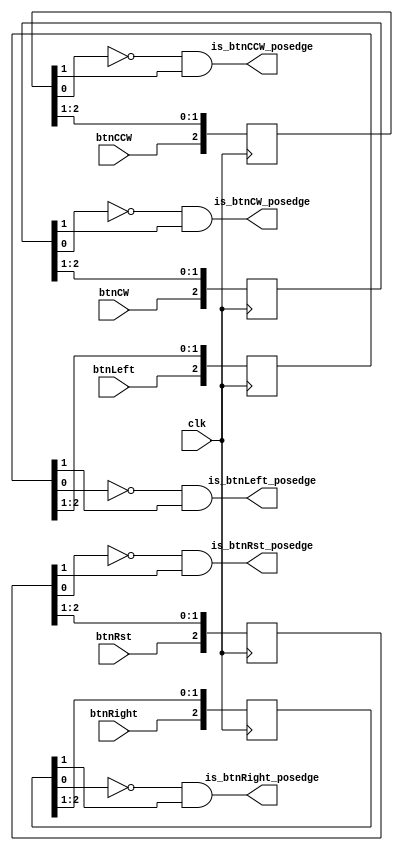
`timescale 1ns / 1ps
//////////////////////////////////////////////////////////////////////////////////
// Company: 
// Engineer: 
// 
// Design Name: 
// Module Name:    Debouncer 
// Project Name: 
// Target Devices: 
// Tool versions: 
// Description: 
//
// Dependencies: 
//
// Revision: 
// Revision 0.01 - File Created
// Additional Comments: 
//
//////////////////////////////////////////////////////////////////////////////////
module Debouncer(clk, btnLeft, btnRight, btnCW, btnCCW, btnRst, 
                      is_btnLeft_posedge, is_btnRight_posedge,  is_btnCW_posedge, is_btnCCW_posedge, is_btnRst_posedge
    );

	input clk, btnLeft, btnRight, btnCW, btnCCW, btnRst;
	output is_btnLeft_posedge, is_btnRight_posedge, is_btnCW_posedge, is_btnCCW_posedge, is_btnRst_posedge;
	
	wire btnLeft, btnRight, btnCW, btnCCW, btnRst, clk;
	wire is_btnLeft_posedge, is_btnRight_posedge, is_btnCW_posedge, is_btnCCW_posedge, is_btnRst_posedge;
	reg [2:0] step_dL, step_dR, step_dCW, step_dCCW, step_dRst;
	
	always @ (posedge clk) begin		
		step_dL[2:0] <= {btnLeft, step_dL[2:1]};
		step_dR[2:0] <= {btnRight, step_dR[2:1]};
		step_dCW[2:0] <= {btnCW, step_dCW[2:1]};
		step_dCCW[2:0] <= {btnCCW, step_dCCW[2:1]};
		step_dRst[2:0] <= {btnRst, step_dRst[2:1]};
	end
	
	assign is_btnLeft_posedge = ~ step_dL[0] & step_dL[1];
	assign is_btnRight_posedge = ~ step_dR[0] & step_dR[1];
	assign is_btnCW_posedge = ~ step_dCW[0] & step_dCW[1];
	assign is_btnCCW_posedge = ~ step_dCCW[0] & step_dCCW[1];
	assign is_btnRst_posedge = ~ step_dRst[0] & step_dRst[1];


endmodule